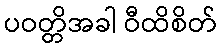
ပဝတ္တိအခါ ဝီထိစိတ်